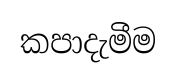
කපාදැමීම